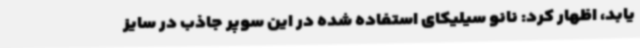
یابد، اظهار کرد: نانو سیلیکای استفاده شده در این سوپر جاذب در سایز